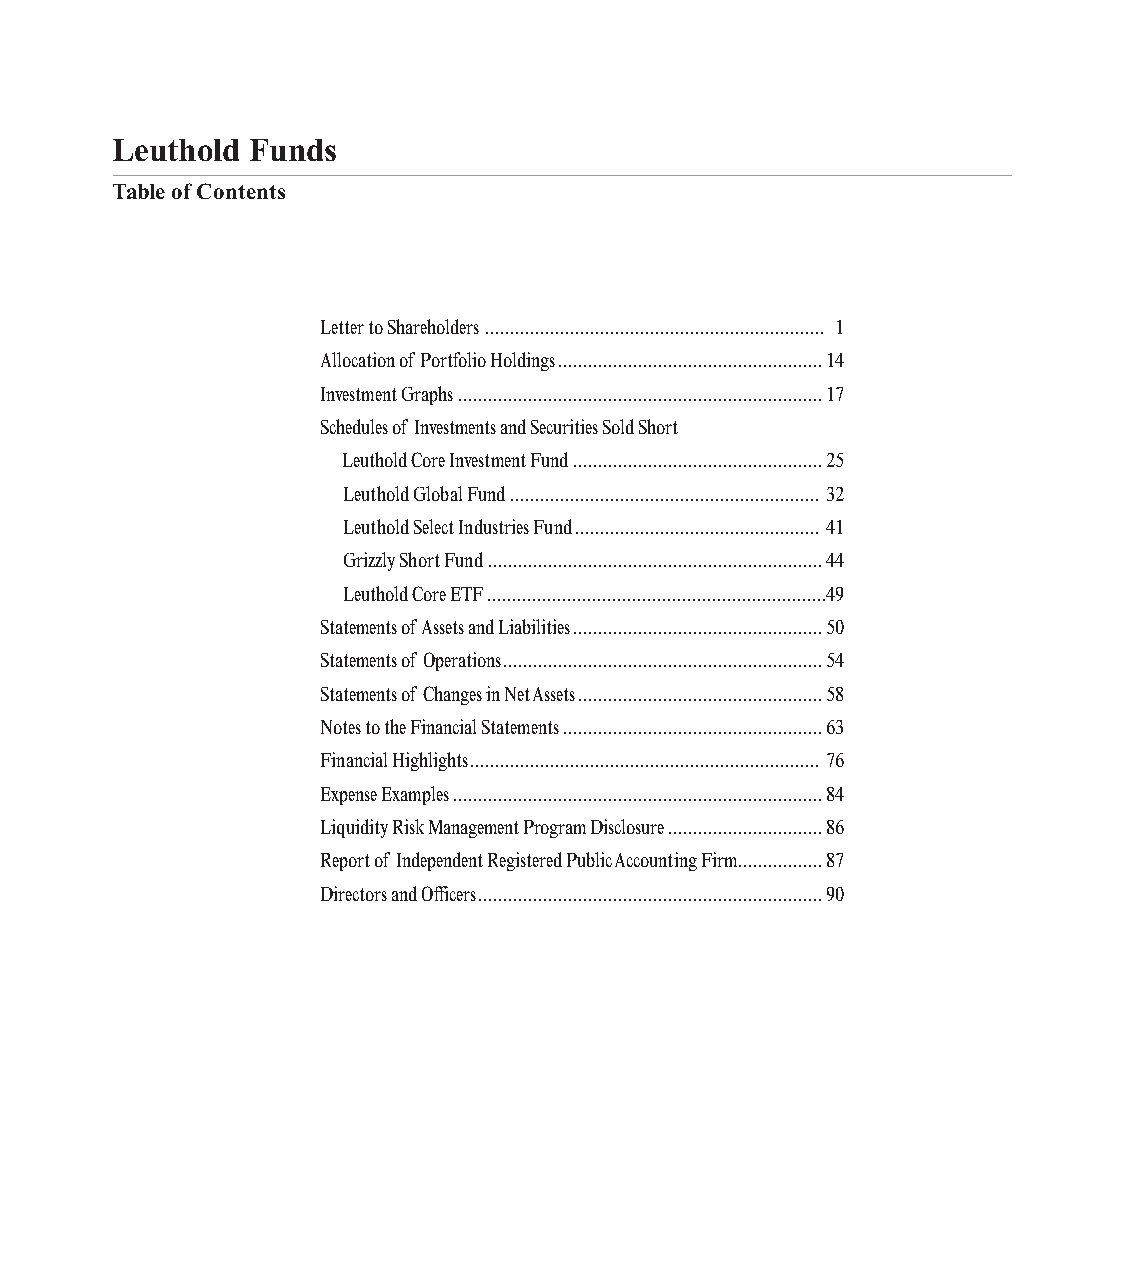
Leuthold Funds
 Table of Contents
 Letter to Shareholders.................................................................... 1
 Allocation of Portfolio Holdings..................................................... 14
 Investment Graphs......................................................................... 17
 Schedules of Investments and Securities Sold Short
 Leuthold Core Investment Fund.................................................. 25
 Leuthold Global Fund.............................................................. 32
 Leuthold Select Industries Fund................................................. 41
 Grizzly Short Fund................................................................... 44
 Leuthold Core ETF....................................................................49
 Statements of Assets and Liabilities.................................................. 50
 Statements of Operations................................................................ 54
 Statements of Changes in Net Assets................................................. 58
 Notes to the Financial Statements.................................................... 63
 Financial Highlights...................................................................... 76
 Expense Examples.......................................................................... 84
 Liquidity Risk Management Program Disclosure............................... 86
 Report of Independent Registered Public Accounting Firm................. 87
 Directors and Officers..................................................................... 90